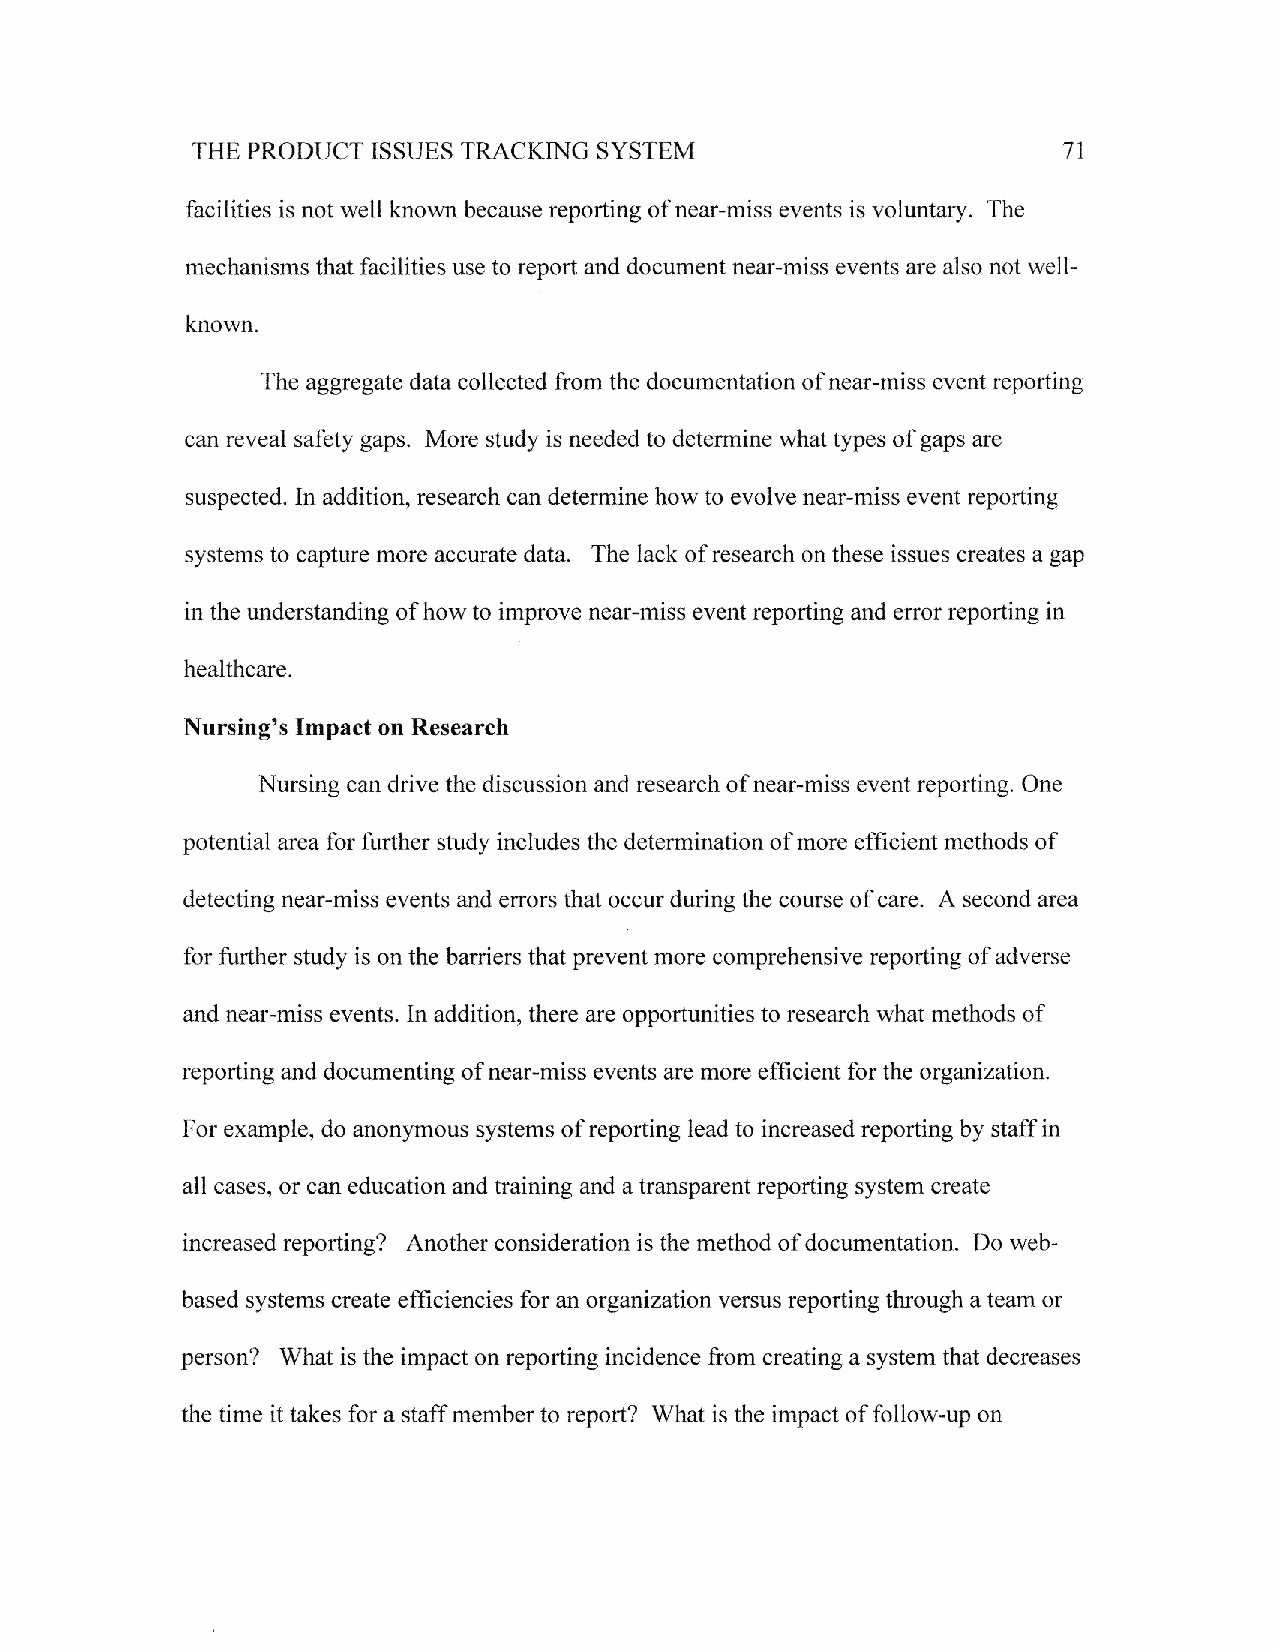
SYSTEM
 THE PRODUCT ISSUES TRACKING                              71
 facilities is not well known because reporting of near-miss events is voluntary. The
 mechanisms that facilities use to report and document near-miss events are also not well-
 known.
 The aggregate data collected from the documentation of near-miss event reporting
 can reveal safety gaps. More sfudy is needed to determine what types of gaps are
 suspected. In addition, ressarch can determine how to evolve near-miss event reporting
 systems to capture more accurate data. The lack of research on these issues creates a gap
 in the understanding of how to improve near-miss event reporting and error reporting in
 healthcare.
 Nursing's Impact on Research
 Nursing can drive the discussion and research of near-miss event reporting. One
 potential area for further study includes the determination of more efficient methods of
 detecting near-miss events and errors that occur during the course of care. A second area
 for fuither study is on the barriers that prevent more comprehensive reporting of adverse
 and near-miss events. In addition, there are opportunities to research what methods of
 reporting and documenting of near-miss events are rnore efficient for the organization.
 For example, do anonymous systems of reporting lead to increased reporting hy staff in
 all cases, or can education and training and a transparent reporting system create
 increased reporting? Another consideration is the method of documentation. Do web-
 based systems create efficiencies for an organization versus reporting through a team or
 person? What is the impact on reporting incidence from creating a system that decreases
 the time it takes for a staff member to report? What is the impact of follow-up on